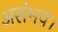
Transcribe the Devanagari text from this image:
असंभव।